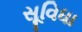
સૂવિધા